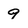
Character: 9